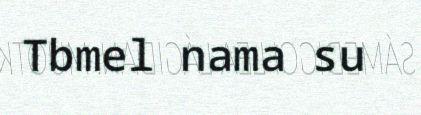
Tbmel nama su